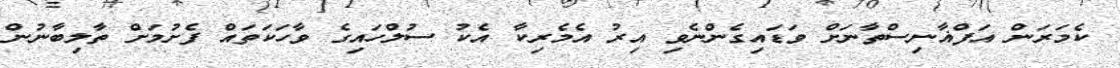
ކެމަރަން އަފްޣާނިސްތާނަށް ވަޑައިގެންނެވި އިރު އެމެރިކާ އެކު ސުލްހައިގެ ވާހަކަތައް ފެށުމަށް ތާލިބާނުން